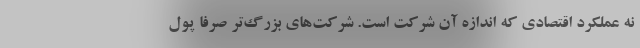
نه عملکرد اقتصادی که اندازه آن‌ شرکت است. شرکت‌های بزرگ‌تر صرفا پول